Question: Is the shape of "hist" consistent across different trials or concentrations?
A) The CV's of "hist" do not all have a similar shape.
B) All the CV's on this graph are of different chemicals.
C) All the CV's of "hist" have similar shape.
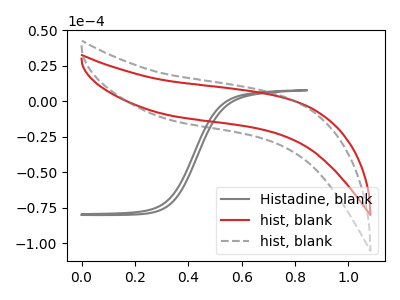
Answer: <think>The gray curve "Histadine, blank" has no peaks. The red curve "hist, blank" has no peaks. The gray dashed curve "hist, blank" has no peaks.
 Neither "Histadine, blank" or "hist, blank" have any peaks. Neither "Histadine, blank" or "hist, blank" have any peaks. Neither "hist, blank" or "hist, blank" have any peaks.</think>
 <answer>C) All the CV's of "hist" have similar shape.</answer>
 <eval>C</eval>